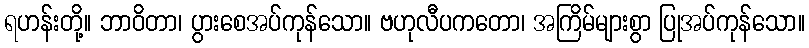
ရဟန်းတို့။ ဘာဝိတာ၊ ပွားစေအပ်ကုန်သော။ ဗဟုလီပကတော၊ အကြိမ်များစွာ ပြုအပ်ကုန်သော။